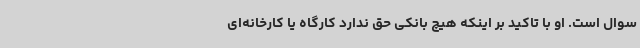
سوال است. او با تاکید بر اینکه هیچ بانکی حق ندارد کارگاه یا کارخانه‌ای